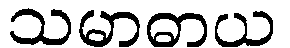
သမာဓာယ